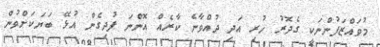
މުވައްޒަފުންނަކީ ގެދޮރު ހުރި އަދި ދުއްވާނެ ކާރެއް އޮންނަ ފުދިގެން އުޅޭ ބަޔަކަށްވުން